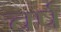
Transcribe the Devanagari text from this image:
चर्ष